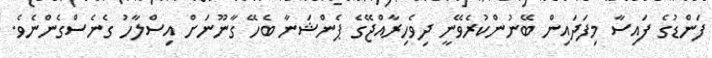
ފަންޑުގެ ފައިސާ މިފަދައިން ބޭނުންކުރެވޭނީ ދިވެހިރާއްޖޭގެ ޕެންޝަނާ ބެހޭ ގާނޫނަށް އިސްލާހު ގެނެސްގެންނެވެ.